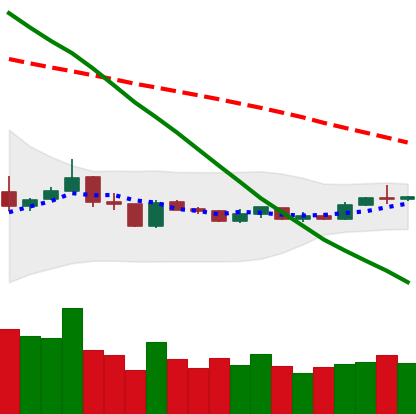
Ticker: XLM-USD
Chart end date: 2019-01-09
Forward return: -11.412%
Label: down_7plus